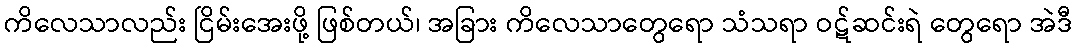
ကိလေသာလည်း ငြိမ်းအေးဖို့ ဖြစ်တယ်၊ အခြား ကိလေသာတွေရော သံသရာ ဝဋ်ဆင်းရဲ တွေရော အဲဒီ